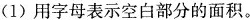
(1)用字母表示空白部分的面积。